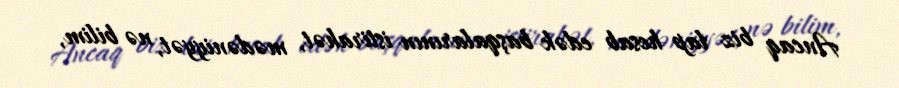
Ancaq biz lap hesab edək başqalarının istirahət, mədəniyyət, nə bilim,